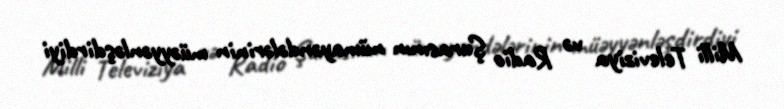
Milli Televiziya və Radio Şurasının nümayəndələrinin müəyyənləşdirdiyi